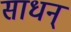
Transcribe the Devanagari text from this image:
साधन्